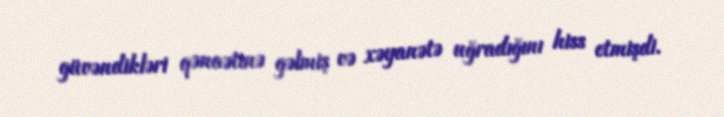
güvəndikləri qənaətinə gəlmiş və xəyanətə uğradığını hiss etmişdi.